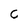
Character: C